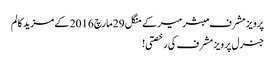
پرویز مشرف مبشر میر کے منگل 29 مارچ 2016 کے مزید کالم
جنرل پرویز مشرف کی رخصتی!